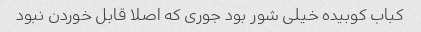
کباب کوبیده خیلی شور بود جوری که اصلا قابل خوردن نبود